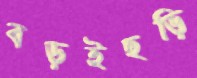
বড়ইছড়ি